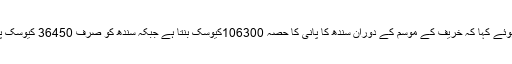
جمال شاہ نے پانی کے معاہدے کا حوالہ دیتے ہوئے کہا کہ خریف کے موسم کے دوران سندھ کا پانی کا حصہ 106300کیوسک بنتا ہے جبکہ سندھ کو صرف 36450 کیوسک پانی مل رہاہے جو کہ بمشکل 34 فیصد بنتا ہے۔